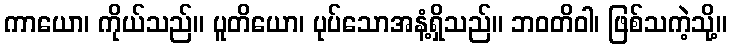
ကာယော၊ ကိုယ်သည်။ ပူတိယော၊ ပုပ်သောအနံ့ရှိသည်။ ဘဝတိဝါ၊ ဖြစ်သကဲ့သို့။